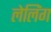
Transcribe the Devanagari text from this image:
लेलिंग